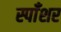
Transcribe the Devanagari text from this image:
स्पाँशर